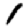
Digit: 1